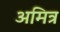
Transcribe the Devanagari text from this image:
अमित्र